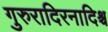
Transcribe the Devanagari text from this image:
गुरुरादिरनादिश्च